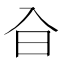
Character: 㒲